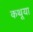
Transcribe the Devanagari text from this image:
कथूया